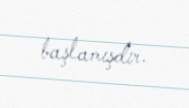
başlamışdır.